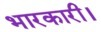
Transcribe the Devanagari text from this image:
भारकारी।